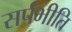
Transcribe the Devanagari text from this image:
सर्पभीति